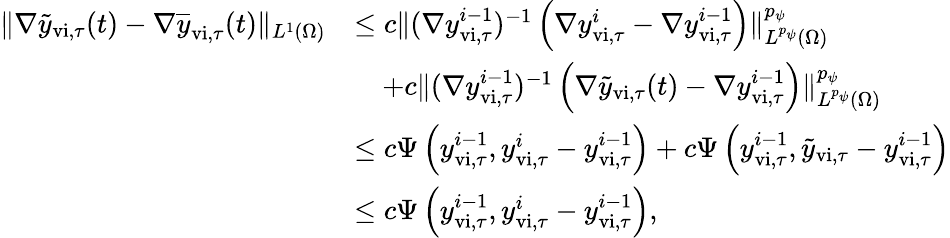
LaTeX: \begin{array}{rl}{\| \nabla\widetilde{y}_{\mathrm{vi},\tau}(t)-\nabla\overline{{y}}_{\mathrm{vi},\tau}(t)\| _{L^{1}(\Omega)}}&{\leq c\| (\nabla y_{\mathrm{vi},\tau}^{i-1})^{-1}\left(\nabla{y}_{\mathrm{vi},\tau}^{i}-\nabla{y}_{\mathrm{vi},\tau}^{i-1}\right)\| _{L^{p_{\psi}}(\Omega)}^{p_{\psi}}}\\ &{\quad+c\| (\nabla y_{\mathrm{vi},\tau}^{i-1})^{-1}\left(\nabla\widetilde{y}_{\mathrm{vi},\tau}(t)-\nabla{y}_{\mathrm{vi},\tau}^{i-1}\right)\| _{L^{p_{\psi}}(\Omega)}^{p_{\psi}}}\\ &{\leq c\Psi\left(y_{\mathrm{vi},\tau}^{i-1},{y}_{\mathrm{vi},\tau}^{i}-{y}_{\mathrm{vi},\tau}^{i-1}\right)+c\Psi\left(y_{\mathrm{vi},\tau}^{i-1},\widetilde{y}_{\mathrm{vi},\tau}-{y}_{\mathrm{vi},\tau}^{i-1}\right)}\\ &{\leq c\Psi\left(y_{\mathrm{vi},\tau}^{i-1},{y}_{\mathrm{vi},\tau}^{i}-{y}_{\mathrm{vi},\tau}^{i-1}\right),}\end{array}